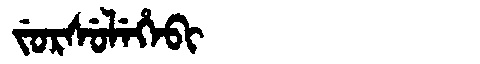
Manchu: ᠵᡠᡵᠰᡠᠯᡝᡥᡝᠪᡳ
Romanization: JURSULEHEBI